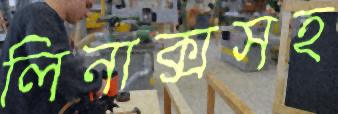
লিনাক্সসহ